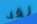
لقد